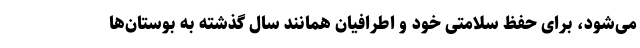
می‌شود، برای حفظ سلامتی خود و اطرافیان همانند سال گذشته به بوستان‌ها